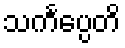
သင်္ကပ္ပေတိ